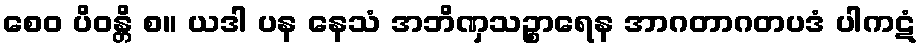
စေဝ ပိဝန္တိ စ။ ယဒါ ပန နေသံ အဘိဏှသဉ္စာရေန အာဂတာဂတပဒံ ပါကဋံ